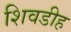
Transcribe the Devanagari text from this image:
शिवडीह